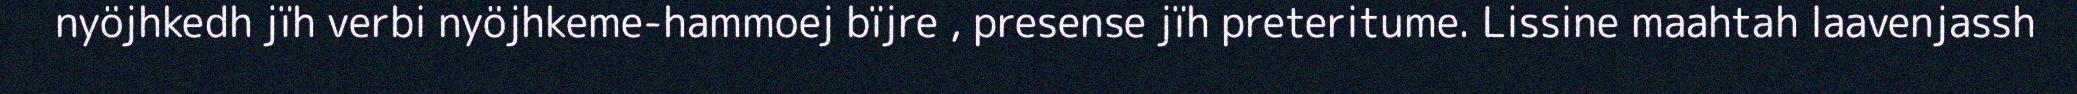
nyöjhkedh jïh verbi nyöjhkeme-hammoej bïjre , presense jïh preteritume. Lissine maahtah laavenjassh